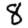
Digit: 8